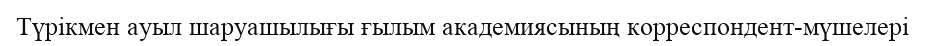
Түрікмен ауыл шаруашылығы ғылым академиясының корреспондент-мүшелері